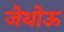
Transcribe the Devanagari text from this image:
जेथोऊ